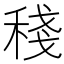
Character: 𥟥